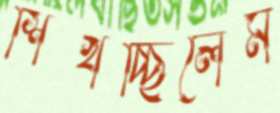
শিখচ্ছিলেম